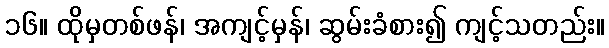
၁၆။ ထိုမှတစ်ဖန်၊ အကျင့်မှန်၊ ဆွမ်းခံစား၍ ကျင့်သတည်း။